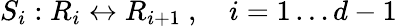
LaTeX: S_{i}:R_{i}\leftrightarrow R_{i+1}\ ,\quad i=1\dots d-1